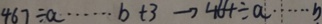
4 6 7 \div a \cdots b + 3 \rightarrow 4 6 4 \div a \cdots b